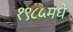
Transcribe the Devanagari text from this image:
१९८५मधे